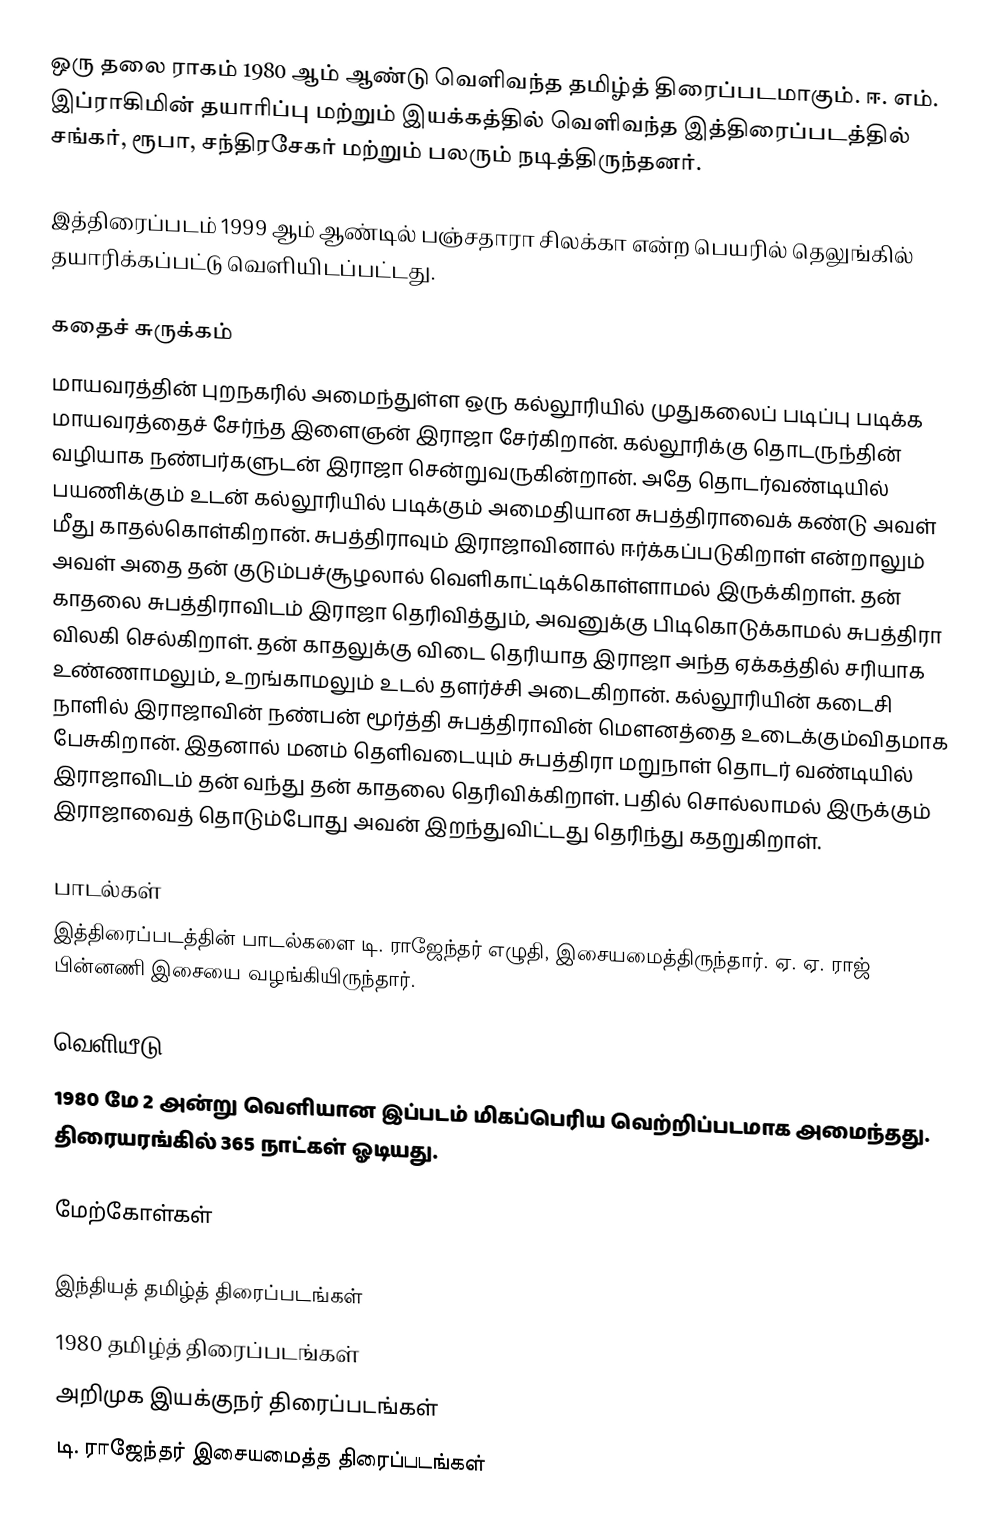
ஒரு தலை ராகம் 1980 ஆம் ஆண்டு வெளிவந்த தமிழ்த் திரைப்படமாகும். ஈ. எம். இப்ராகிமின் தயாரிப்பு மற்றும் இயக்கத்தில் வெளிவந்த இத்திரைப்படத்தில் சங்கர், ரூபா, சந்திரசேகர் மற்றும் பலரும் நடித்திருந்தனர்.

இத்திரைப்படம் 1999 ஆம் ஆண்டில் பஞ்சதாரா சிலக்கா என்ற பெயரில் தெலுங்கில் தயாரிக்கப்பட்டு வெளியிடப்பட்டது.

கதைச் சுருக்கம்
மாயவரத்தின் புறநகரில் அமைந்துள்ள ஒரு கல்லூரியில் முதுகலைப் படிப்பு படிக்க மாயவரத்தைச் சேர்ந்த இளைஞன் இராஜா சேர்கிறான். கல்லூரிக்கு தொடருந்தின் வழியாக நண்பர்களுடன் இராஜா சென்றுவருகின்றான். அதே தொடர்வண்டியில் பயணிக்கும் உடன் கல்லூரியில் படிக்கும் அமைதியான சுபத்திராவைக் கண்டு அவள் மீது காதல்கொள்கிறான். சுபத்திராவும் இராஜாவினால் ஈர்க்கப்படுகிறாள் என்றாலும் அவள் அதை தன் குடும்பச்சூழலால் வெளிகாட்டிக்கொள்ளாமல் இருக்கிறாள். தன் காதலை சுபத்திராவிடம் இராஜா தெரிவித்தும், அவனுக்கு பிடிகொடுக்காமல் சுபத்திரா விலகி செல்கிறாள். தன் காதலுக்கு விடை தெரியாத இராஜா அந்த ஏக்கத்தில் சரியாக உண்ணாமலும், உறங்காமலும் உடல் தளர்ச்சி அடைகிறான். கல்லூரியின் கடைசி நாளில் இராஜாவின் நண்பன் மூர்த்தி சுபத்திராவின் மௌனத்தை உடைக்கும்விதமாக பேசுகிறான். இதனால் மனம் தெளிவடையும் சுபத்திரா மறுநாள் தொடர் வண்டியில் இராஜாவிடம் தன் வந்து தன் காதலை தெரிவிக்கிறாள். பதில் சொல்லாமல் இருக்கும் இராஜாவைத் தொடும்போது அவன் இறந்துவிட்டது தெரிந்து கதறுகிறாள்.

பாடல்கள்
இத்திரைப்படத்தின் பாடல்களை டி. ராஜேந்தர் எழுதி, இசையமைத்திருந்தார். ஏ. ஏ. ராஜ் பின்னணி இசையை வழங்கியிருந்தார்.

வெளியீடு
1980 மே 2 அன்று வெளியான இப்படம் மிகப்பெரிய வெற்றிப்படமாக அமைந்தது. திரையரங்கில் 365 நாட்கள் ஓடியது.

மேற்கோள்கள்

இந்தியத் தமிழ்த் திரைப்படங்கள்
1980 தமிழ்த் திரைப்படங்கள்
அறிமுக இயக்குநர் திரைப்படங்கள்
டி. ராஜேந்தர் இசையமைத்த திரைப்படங்கள்